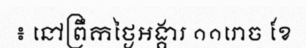
៖ នៅព្រឹកថ្ងៃអង្គារ ១១រោច ខែ